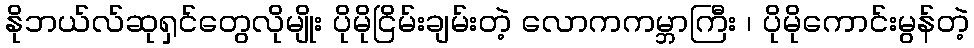
နိုဘယ်လ်ဆုရှင်တွေလိုမျိုး ပိုမိုငြိမ်းချမ်းတဲ့ လောကကမ္ဘာကြီး ၊ ပိုမိုကောင်းမွန်တဲ့